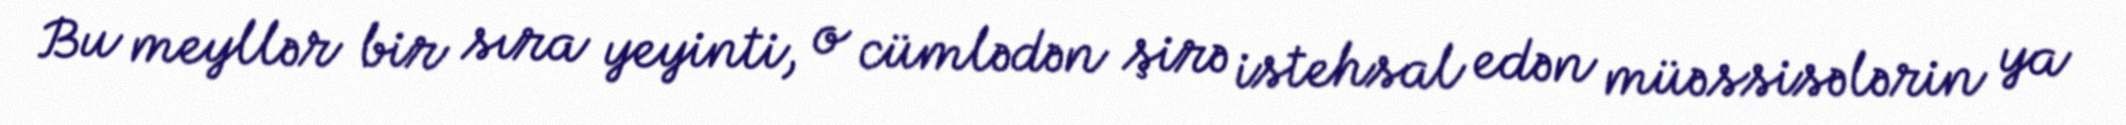
Bu meyllər bir sıra yeyinti, o cümlədən şirə istehsal edən müəssisələrin ya